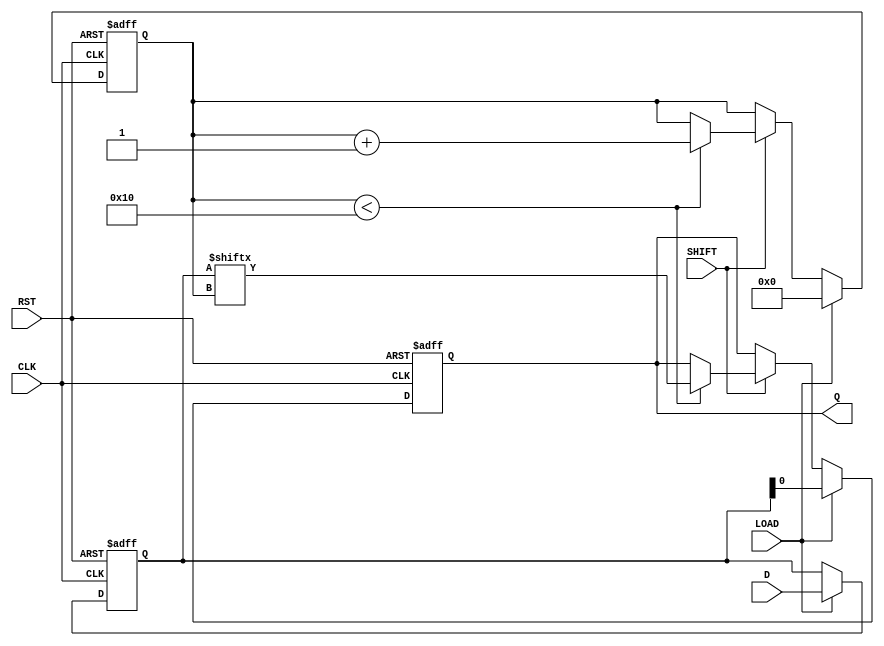
module piso_register (
    input wire [15:0] D,     // 16-bit parallel input data
    input wire LOAD,         // Load control signal
    input wire SHIFT,        // Shift control signal
    input wire CLK,          // Clock signal
    input wire RST,          // Asynchronous reset signal
    output reg Q             // Serial output
);

// Internal registers to hold the PISO data
reg [15:0] data_reg;
reg [4:0] bit_count; // Counter for shifting bits (0 to 15)

// Asynchronous reset to clear the register
always @(posedge CLK or posedge RST) begin
    if (RST) begin
        data_reg <= 16'b0; // Clear the data register
        Q <= 1'b0;         // Clear the output
        bit_count <= 5'b0; // Reset the bit counter
    end else begin
        // Loading the data in parallel
        if (LOAD) begin
            data_reg <= D; // Load the parallel data
            bit_count <= 5'b0; // Reset the bit counter
            Q <= data_reg[0]; // Output the first bit immediately (LSB)
        end else if (SHIFT) begin
            if (bit_count < 16) begin
                Q <= data_reg[bit_count]; // Shift out the next bit
                bit_count <= bit_count + 1; // Increment the bit counter
            end
        end
    end
end

endmodule